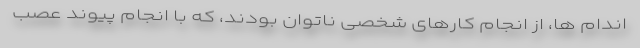
اندام ها، از انجام کارهای شخصی ناتوان بودند، که با انجام پیوند عصب